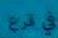
في